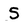
Character: S